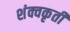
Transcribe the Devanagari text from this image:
शंक्वकृती